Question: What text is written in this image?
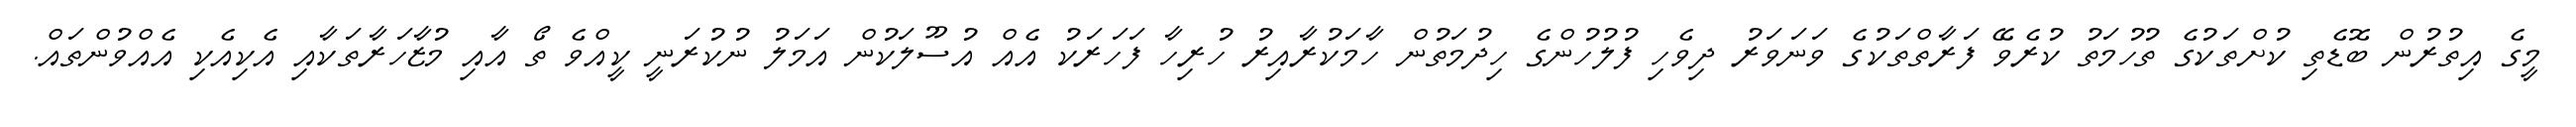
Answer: މީގެ އިތުރުން ބޮޑެތި ކުށްތަކުގެ ތުހުމަތު ކުރެވޭ ފަރާތްތަކުގެ ވަނަވަރު ދިވެހި ފުލުހުންގެ ހިދުމަތުން ހާމަކުރާއިރު ހުރިހާ ފަހަރަކު އެއް އުސޫލަކުން އަމަލު ނުކުރަނީ ކީއްވެ ތޯ އާއި މުޒާހަރާތަކާއި އެކިއެކި އެއްވުންތައް.